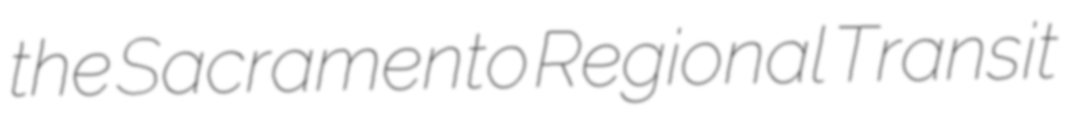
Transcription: the Sacramento Regional Transit